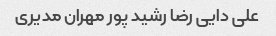
علی دایی رضا رشید پور مهران مدیری